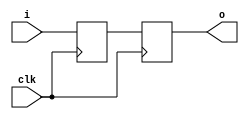
/*
   Copyright 2015, Google Inc.

   Licensed under the Apache License, Version 2.0 (the "License");
   you may not use this file except in compliance with the License.
   You may obtain a copy of the License at

       http://www.apache.org/licenses/LICENSE-2.0

   Unless required by applicable law or agreed to in writing, software
   distributed under the License is distributed on an "AS IS" BASIS,
   WITHOUT WARRANTIES OR CONDITIONS OF ANY KIND, either express or implied.
   See the License for the specific language governing permissions and
   limitations under the License.

   This version has been modified with SPI mode support. Changes are:
   Copyright 2017, Micah Elizabeth Scott, licensed under identical terms.
*/

//
// 2-stage synchronizer
//
module synch_2 #(parameter WIDTH = 1) (
   input  wire [WIDTH-1:0] i,      // input signal
   output reg  [WIDTH-1:0] o,      // synchronized output
   input  wire             clk     // clock to synchronize on
);

reg [WIDTH-1:0] stage_1;
always @(posedge clk)
   {o, stage_1} <= {stage_1, i};

endmodule


//
// 3-stage synchronizer
//
module synch_3 #(parameter WIDTH = 1) (
   input  wire [WIDTH-1:0] i,     // input signal
   output reg  [WIDTH-1:0] o,     // synchronized output
   input  wire             clk    // clock to synchronize on
);

reg [WIDTH-1:0] stage_1;
reg [WIDTH-1:0] stage_2;
reg [WIDTH-1:0] stage_3;

always @(posedge clk)
   {stage_3, o, stage_2, stage_1} <= {o, stage_2, stage_1, i};

endmodule


//
// 3-stage synchronizer and rising edge detector
//
module synch_3r #(parameter WIDTH = 1) (
   input  wire [WIDTH-1:0] i,     // input signal
   output reg  [WIDTH-1:0] o,     // synchronized output
   input  wire             clk,   // clock to synchronize on
   output wire             rise   // one-cycle rising edge pulse
);

reg [WIDTH-1:0] stage_1;
reg [WIDTH-1:0] stage_2;
reg [WIDTH-1:0] stage_3;

assign rise = (WIDTH == 1) ? (o & ~stage_3) : 1'b0;
always @(posedge clk)
   {stage_3, o, stage_2, stage_1} <= {o, stage_2, stage_1, i};

endmodule